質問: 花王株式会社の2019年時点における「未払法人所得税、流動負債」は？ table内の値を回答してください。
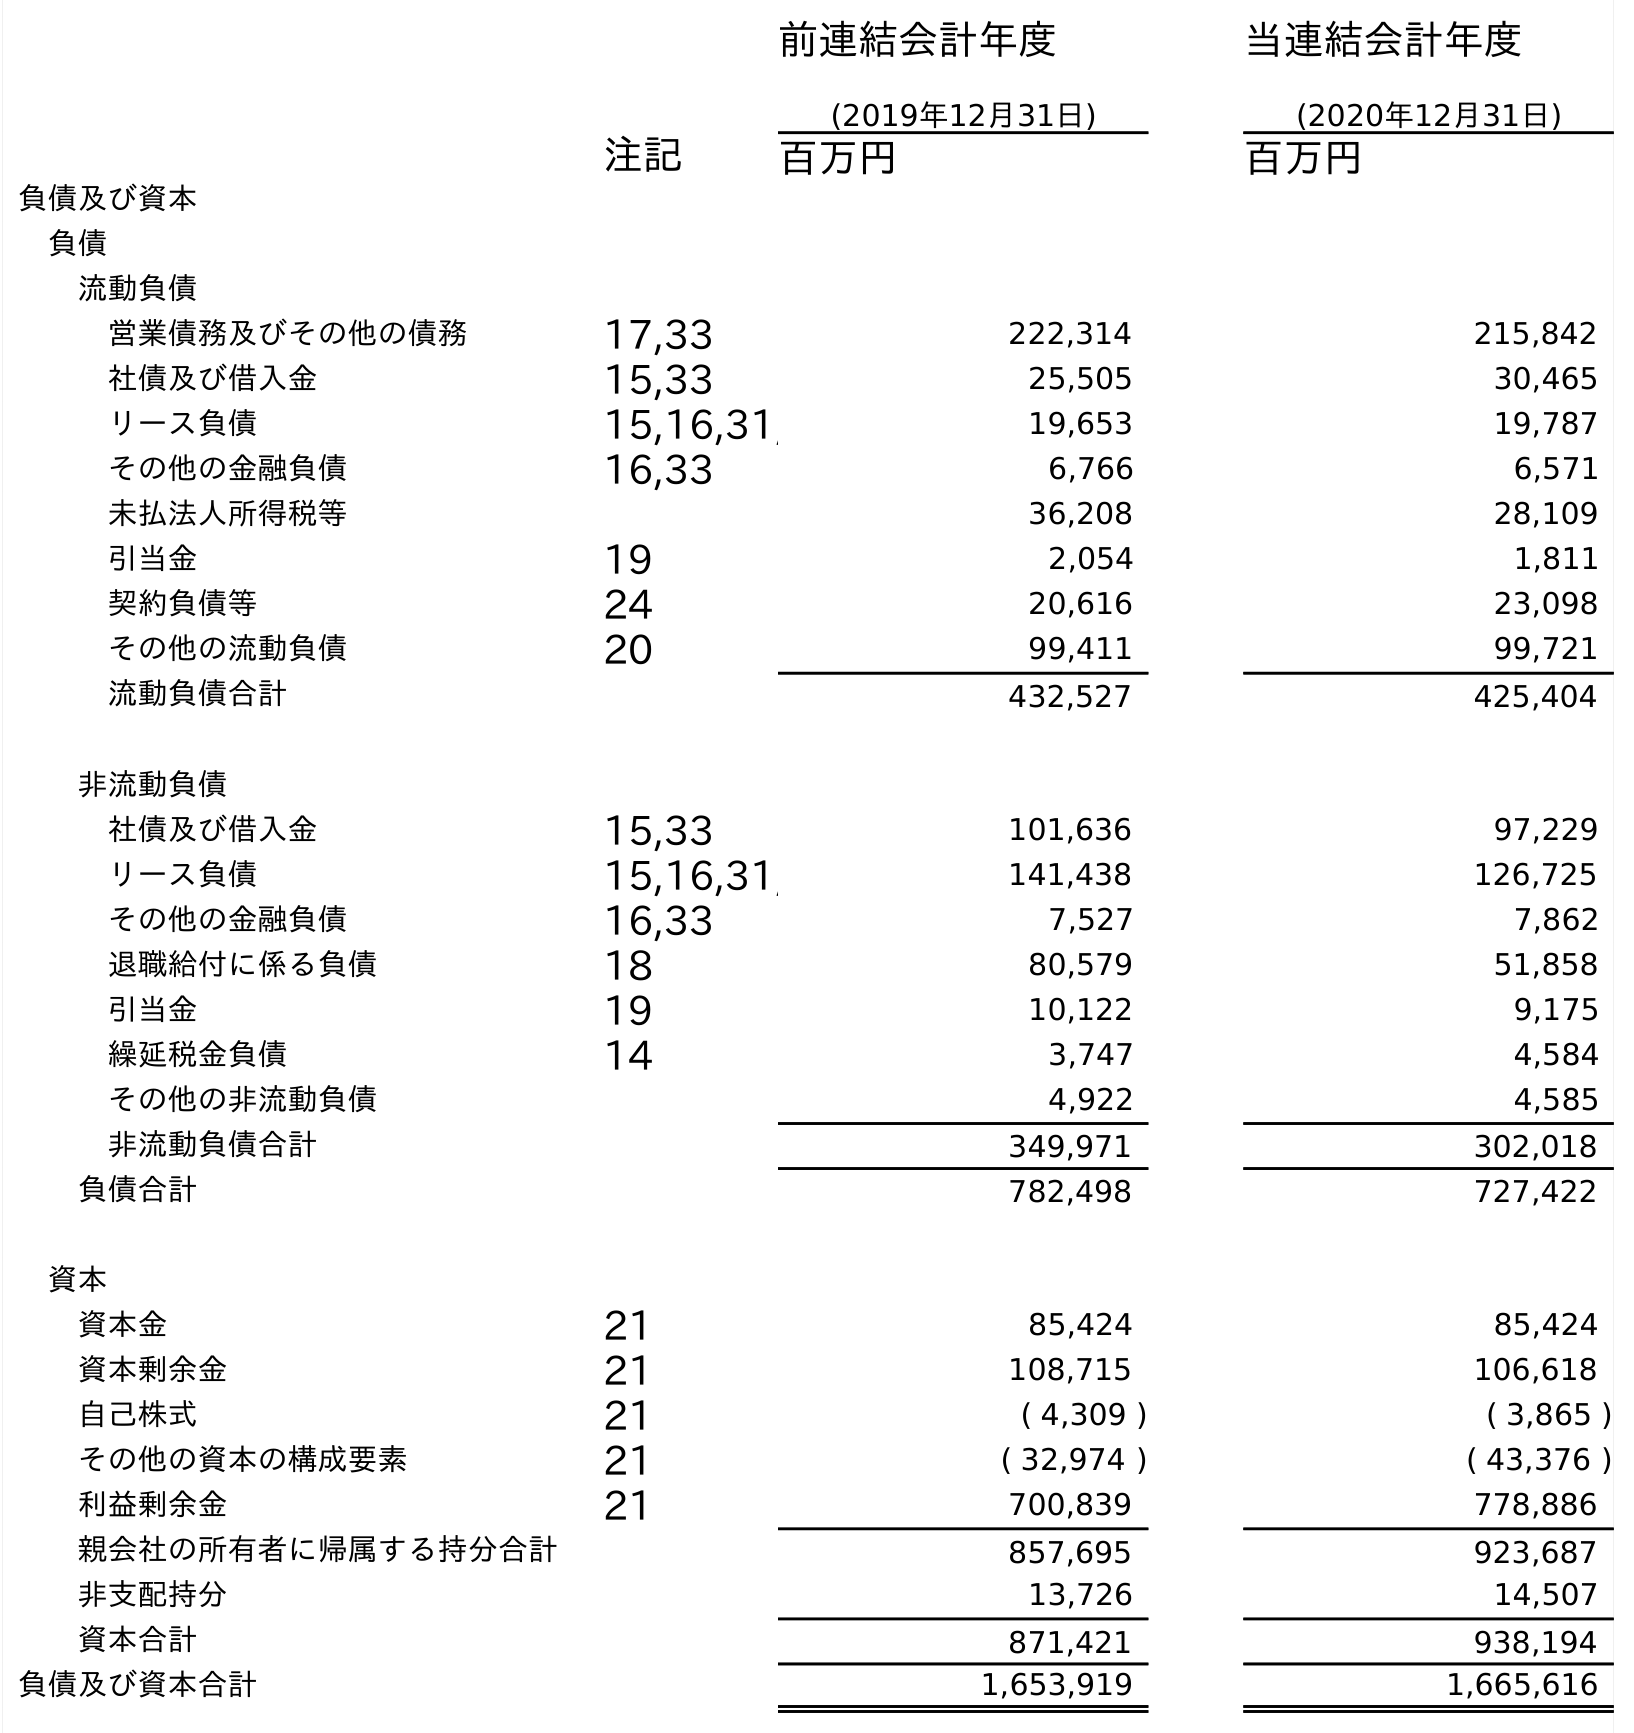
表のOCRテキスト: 前連結会計年度 (2019年12月31日) 当連結会計年度 (2020年12月31日) 注記 百万円 百万円 負債及び資本 負債 流動負債 営業債務及びその他の債務 17,33 222,314 215,842 社債及び借入金 15,33 25,505 30,465 リース負債 15,16,31, 19,653 19,787 その他の金融負債 16,33 6,766 6,571 未払法人所得税等 36,208 28,109 引当金 19 2,054 1,811 契約負債等 24 20,616 23,098 その他の流動負債 20 99,411 99,721 流動負債合計 432,527 425,404 非流動負債 社債及び借入金 15,33 101,636 97,229 リース負債 15,16,31, 141,438 126,725 その他の金融負債 16,33 7,527 7,862 退職給付に係る負債 18 80,579 51,858 引当金 19 10,122 9,175 繰延税金負債 14 3,747 4,584 その他の非流動負債 4,922 4,585 非流動負債合計 349,971 302,018 負債合計 782,498 727,422 資本 資本金 21 85,424 85,424 資本剰余金 21 108,715 106,618 自己株式 21 ( 4,309 ) ( 3,865 ) その他の資本の構成要素 21 ( 32,974 ) ( 43,376 ) 利益剰余金 21 700,839 778,886 親会社の所有者に帰属する持分合計 857,695 923,687 非支配持分 13,726 14,507 資本合計 871,421 938,194 負債及び資本合計 1,653,919 1,665,616
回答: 36,208